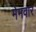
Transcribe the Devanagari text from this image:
मेमवार